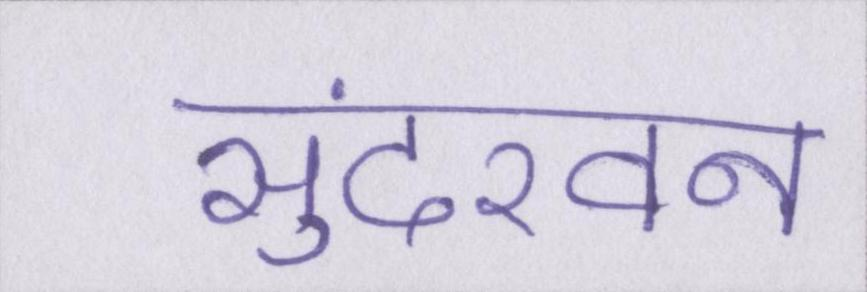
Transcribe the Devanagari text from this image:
सुंदरवन